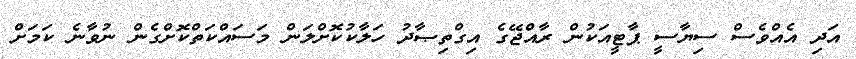
އަދި އެއްވެސް ސިޔާސީ ޕާޓީއަކުން ރާއްޖޭގެ އިގްތިޞާދު ހަލާކުކޮށްލަން މަސައްކަތްކޮށްގެން ނުވާނެ ކަމަށް